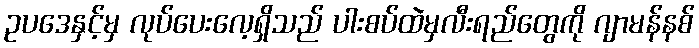
ဥပဒေနှင့်မှ လုပ်ပေးလေ့ရှိသည် ပါးစပ်ထဲမှလီးရည်တွေကို ဂျာမန်နစ်